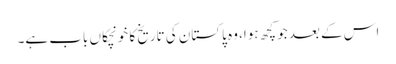
اس کے بعد جو کچھ ہوا، وہ پاکستان کی تاریخ کا خونچکاں باب ہے۔